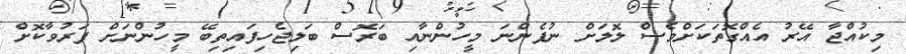
މިކުއްޖާ އޭރު އެއްގޮތަކަށްވެސް ލޮލަށް ނުފެންނަ މީހުންނާއި ބަރޮސް ބަލިޖެހިފައިތިބޭ މީހުންނަށް ފަރުވާކޮށް